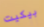
بيكيت